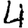
Digit: 4